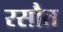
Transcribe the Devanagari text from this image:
रसौत